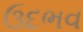
ઉદભવ